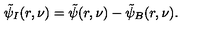
\tilde { \psi } _ { I } ( r , \nu ) = \tilde { \psi } ( r , \nu ) - \tilde { \psi } _ { B } ( r , \nu ) .